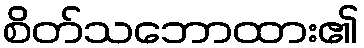
စိတ်သဘောထား၏